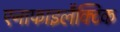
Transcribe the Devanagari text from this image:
एनाफाइलैक्टिक